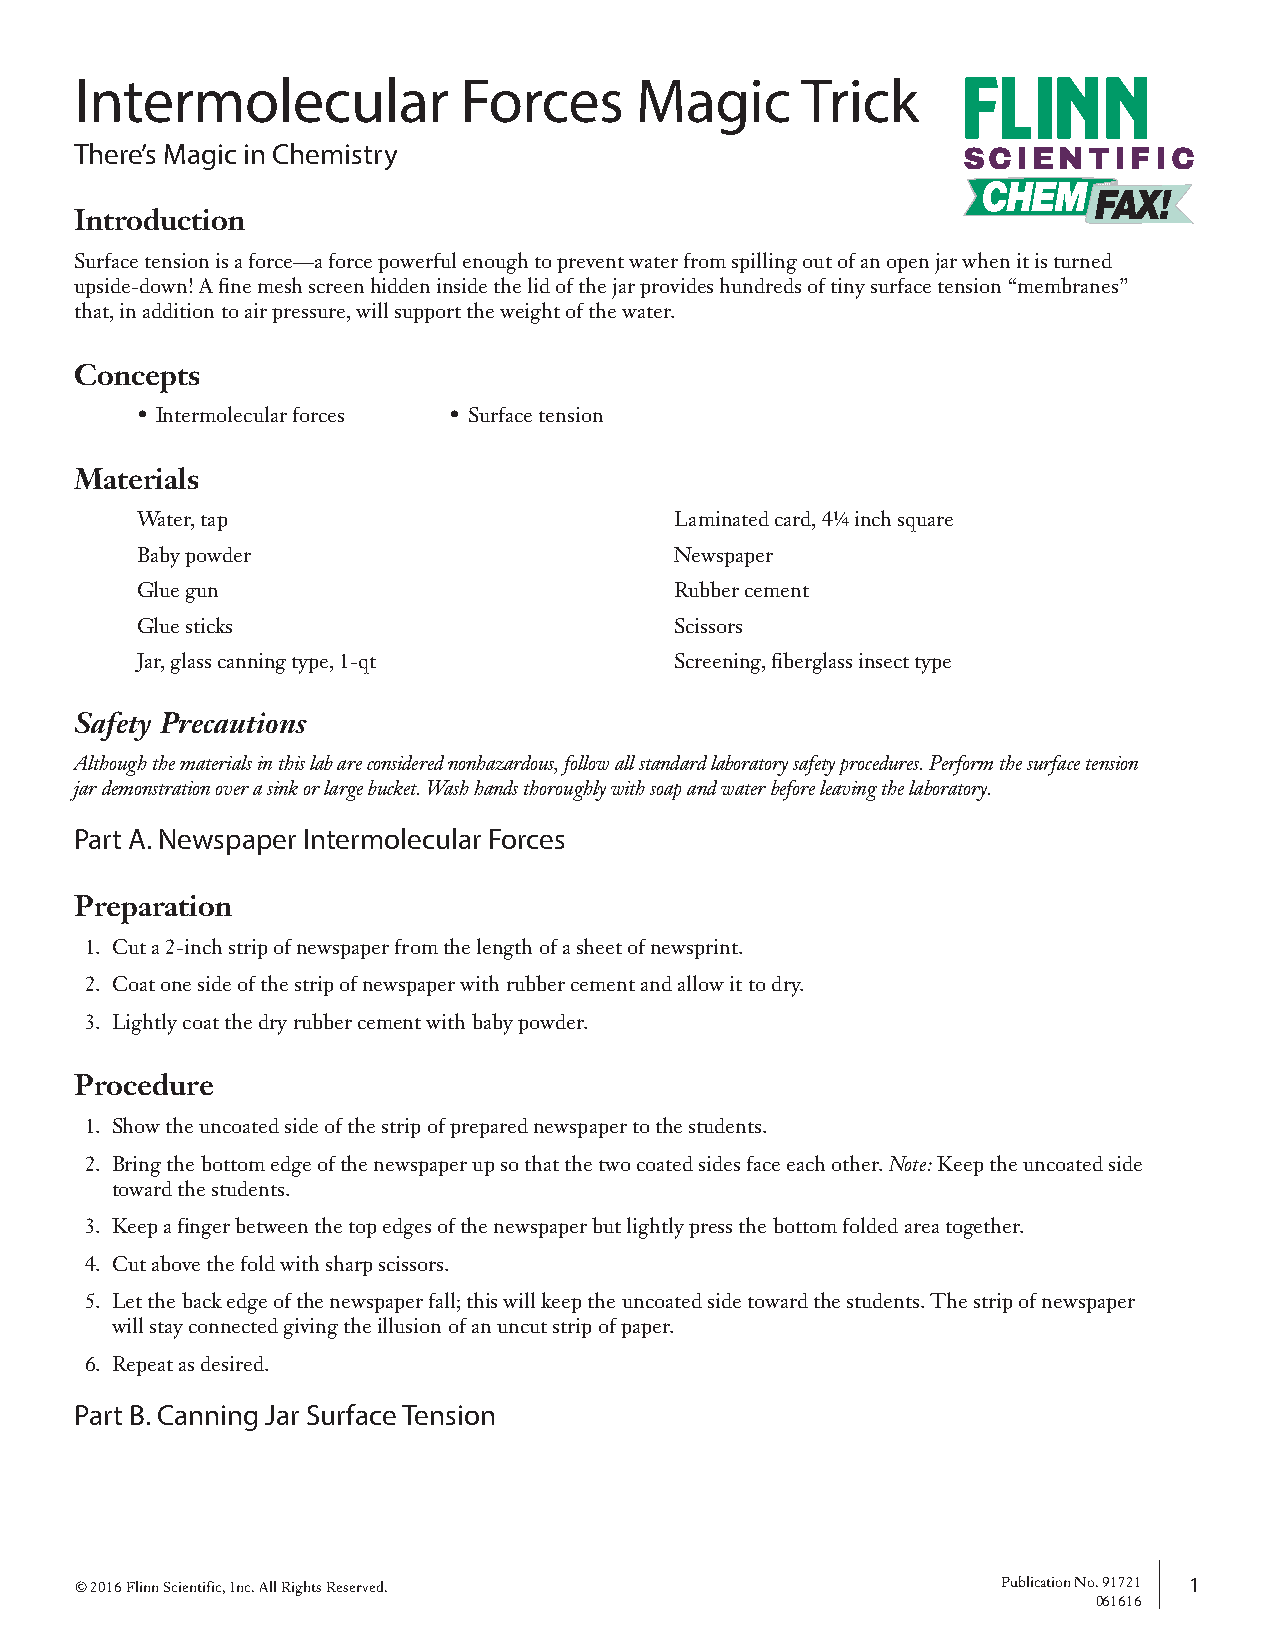
Intermolecular            Forces     Magic      Trick
 There’s Magic in Chemistry                                 SCIENTIFIC
 Introduction
 Surface tension is a force—a force powerful enough to prevent water from spilling out of an open jar when it is turned
 upside-down! A fine mesh screen hidden inside the lid of the jar provides hundreds of tiny surface tension “membranes”
 that, in addition to air pressure, will support the weight of the water.
 Concepts
 • Intermolecular forces • Surface tension
 Materials
 Water, tap                          Laminated card, 4¼ inch square
 Baby powder                         Newspaper
 Glue gun                            Rubber cement
 Glue sticks                         Scissors
 Jar, glass canning type, 1-qt       Screening, fiberglass insect type
 Safety Precautions
 Although the materials in this lab are considered nonhazardous, follow all standard laboratory safety procedures. Perform the surface tension
 jar demonstration over a sink or large bucket. Wash hands thoroughly with soap and water before leaving the laboratory.
 Part A. Newspaper Intermolecular Forces
 Preparation
 1. Cut a 2-inch strip of newspaper from the length of a sheet of newsprint.
 2. Coat one side of the strip of newspaper with rubber cement and allow it to dry.
 3. Lightly coat the dry rubber cement with baby powder.
 Procedure
 1. Show the uncoated side of the strip of prepared newspaper to the students.
 2. Bring the bottom edge of the newspaper up so that the two coated sides face each other. Note: Keep the uncoated side
 toward the students.
 3. Keep a finger between the top edges of the newspaper but lightly press the bottom folded area together.
 4. Cut above the fold with sharp scissors.
 5. Let the back edge of the newspaper fall; this will keep the uncoated side toward the students. The strip of newspaper
 will stay connected giving the illusion of an uncut strip of paper.
 6. Repeat as desired.
 Part B. Canning Jar Surface Tension
 © 2016 Flinn Scientific, Inc. All Rights Reserved.           Publication No. 91721 1
 061616